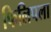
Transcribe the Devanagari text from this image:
फिलिपला